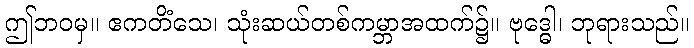
ဤဘဝမှ။ ဧကတိံသေ၊ သုံးဆယ်တစ်ကမ္ဘာအထက်၌။ ဗုဒ္ဓေါ၊ ဘုရားသည်။